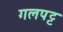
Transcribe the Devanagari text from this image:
गलपट्ट